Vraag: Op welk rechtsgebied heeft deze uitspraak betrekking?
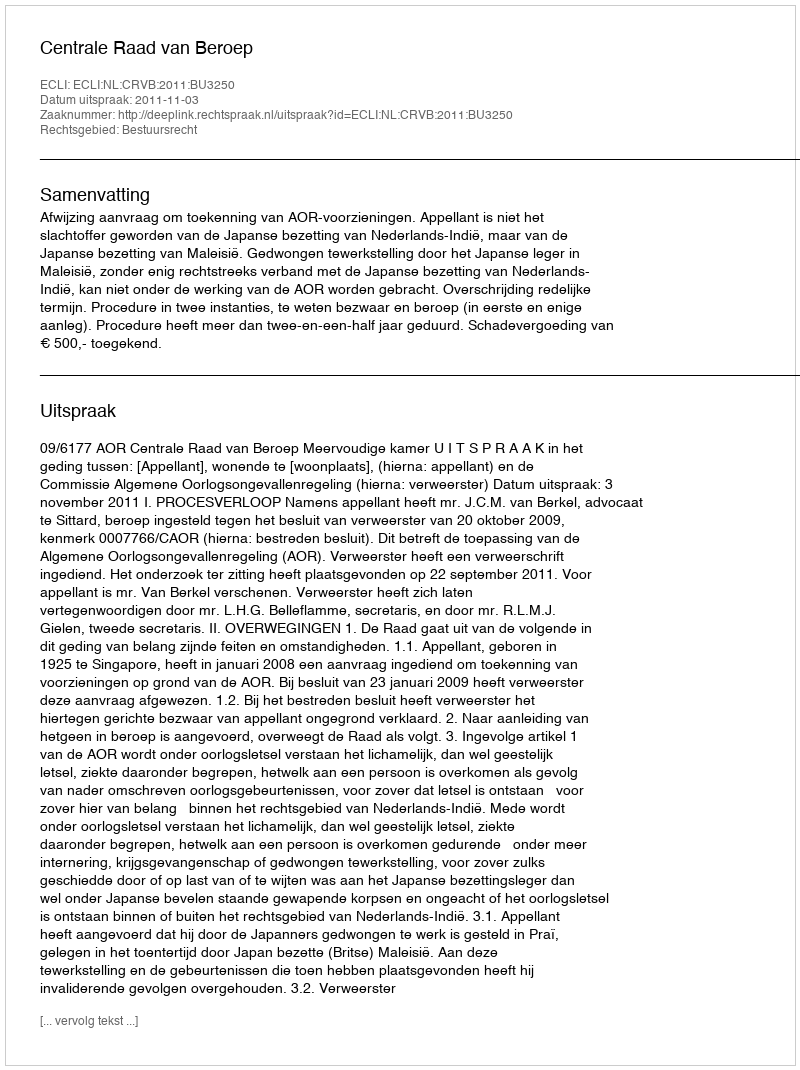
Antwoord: Bestuursrecht